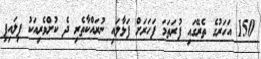
150 އަހަރުގެ ތެރޭގައި ފުރަތަމަ ފަހަރަށް ފަޅާލައި ނުރައްކާތެރި ދެ ކުށްވެރިއަކު ފިލައިފި